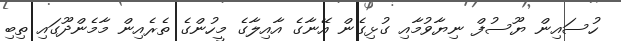
ހުސައިން ޔޫސުފް ނިޔާވުމާއި ގުޅިގެން އޭނާގެ އާއިލާގެ މީހުންގެ ތެރެއިން މާމެންދޫގައި ތިބި